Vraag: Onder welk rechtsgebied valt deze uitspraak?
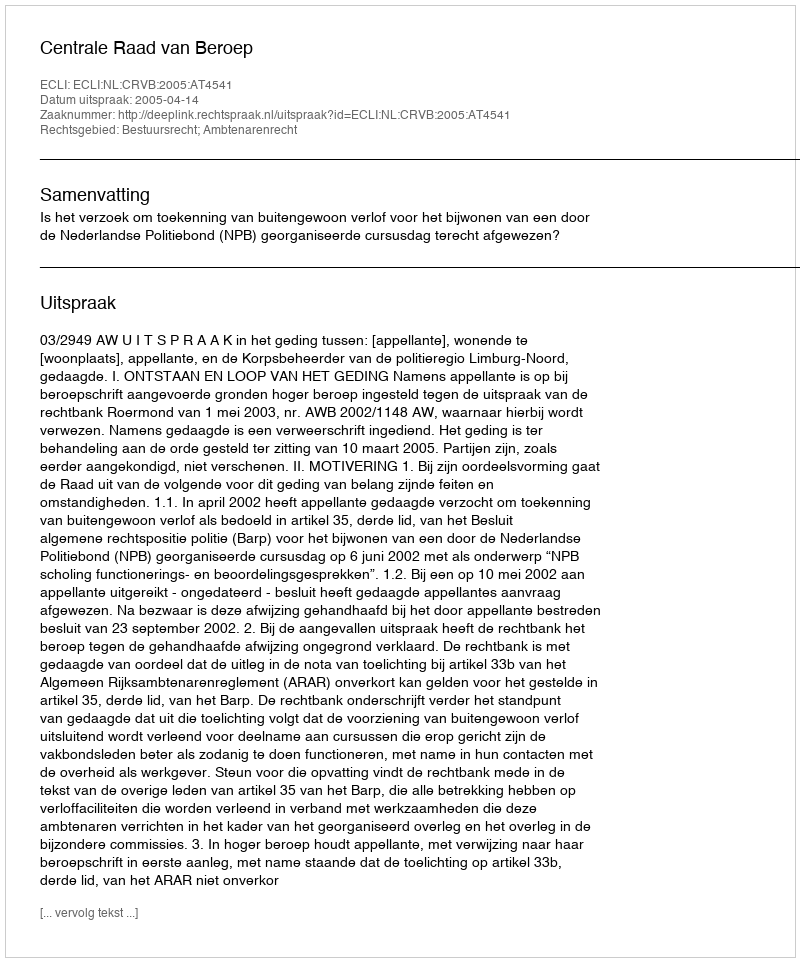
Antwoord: Bestuursrecht; Ambtenarenrecht